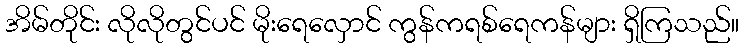
အိမ်တိုင်း လိုလိုတွင်ပင် မိုးရေလှောင် ကွန်ကရစ်ရေကန်များ ရှိကြသည်။